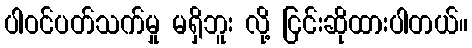
ပါဝင်ပတ်သက်မှု မရှိဘူး လို့ ငြင်းဆိုထားပါတယ်။